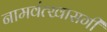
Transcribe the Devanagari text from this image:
नामवंत्खासगी